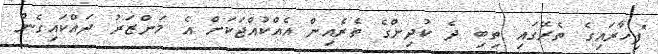
"ފިހާރައިގެ ތެރޭގައި ތިބި ދެ ކުދިންގެ ތެރެއިން އެއްކުއްޖަކަށް އެ މަންޒަރު ދައްކައިގެން